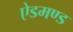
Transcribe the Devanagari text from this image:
ऐडमण्ड